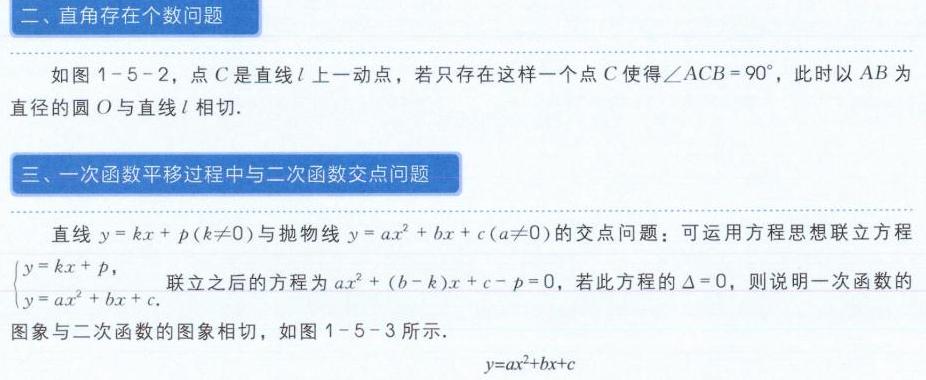
二、直角存在个数问题

如图1 - 5 - 2，点\(C\)是直线\(l\)上一动点，若只存在这样一个点\(C\)使得\(\angle ACB = 90^{\circ}\)，此时以\(AB\)为直径的圆\(O\)与直线\(l\)相切.

三、一次函数平移过程中与二次函数交点问题

直线\(y = kx + p(k\neq0)\)与抛物线\(y = ax^{2}+bx + c(a\neq0)\)的交点问题：可运用方程思想联立方程\(\begin{cases}y = kx + p,\\y = ax^{2}+bx + c.\end{cases}\)联立之后的方程为\(ax^{2}+(b - k)x + c - p = 0\)，若此方程的\(\Delta = 0\)，则说明一次函数的图象与二次函数的图象相切，如图1 - 5 - 3所示. \(y = ax^{2}+bx + c\)